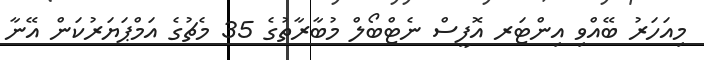
މިއަހަރު ބޭއްވި އިންޓަރ އޮފީސް ނެޓްބޯލް މުބާރާތުގެ 35 މެޗުގެ އަމްޕަޔަރުކަން އޭނާ